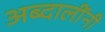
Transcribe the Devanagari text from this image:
अब्दालींनी